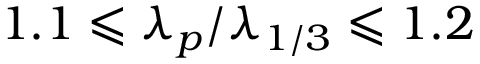
1 . 1 \leqslant \lambda _ { p } / \lambda _ { 1 / 3 } \leqslant 1 . 2